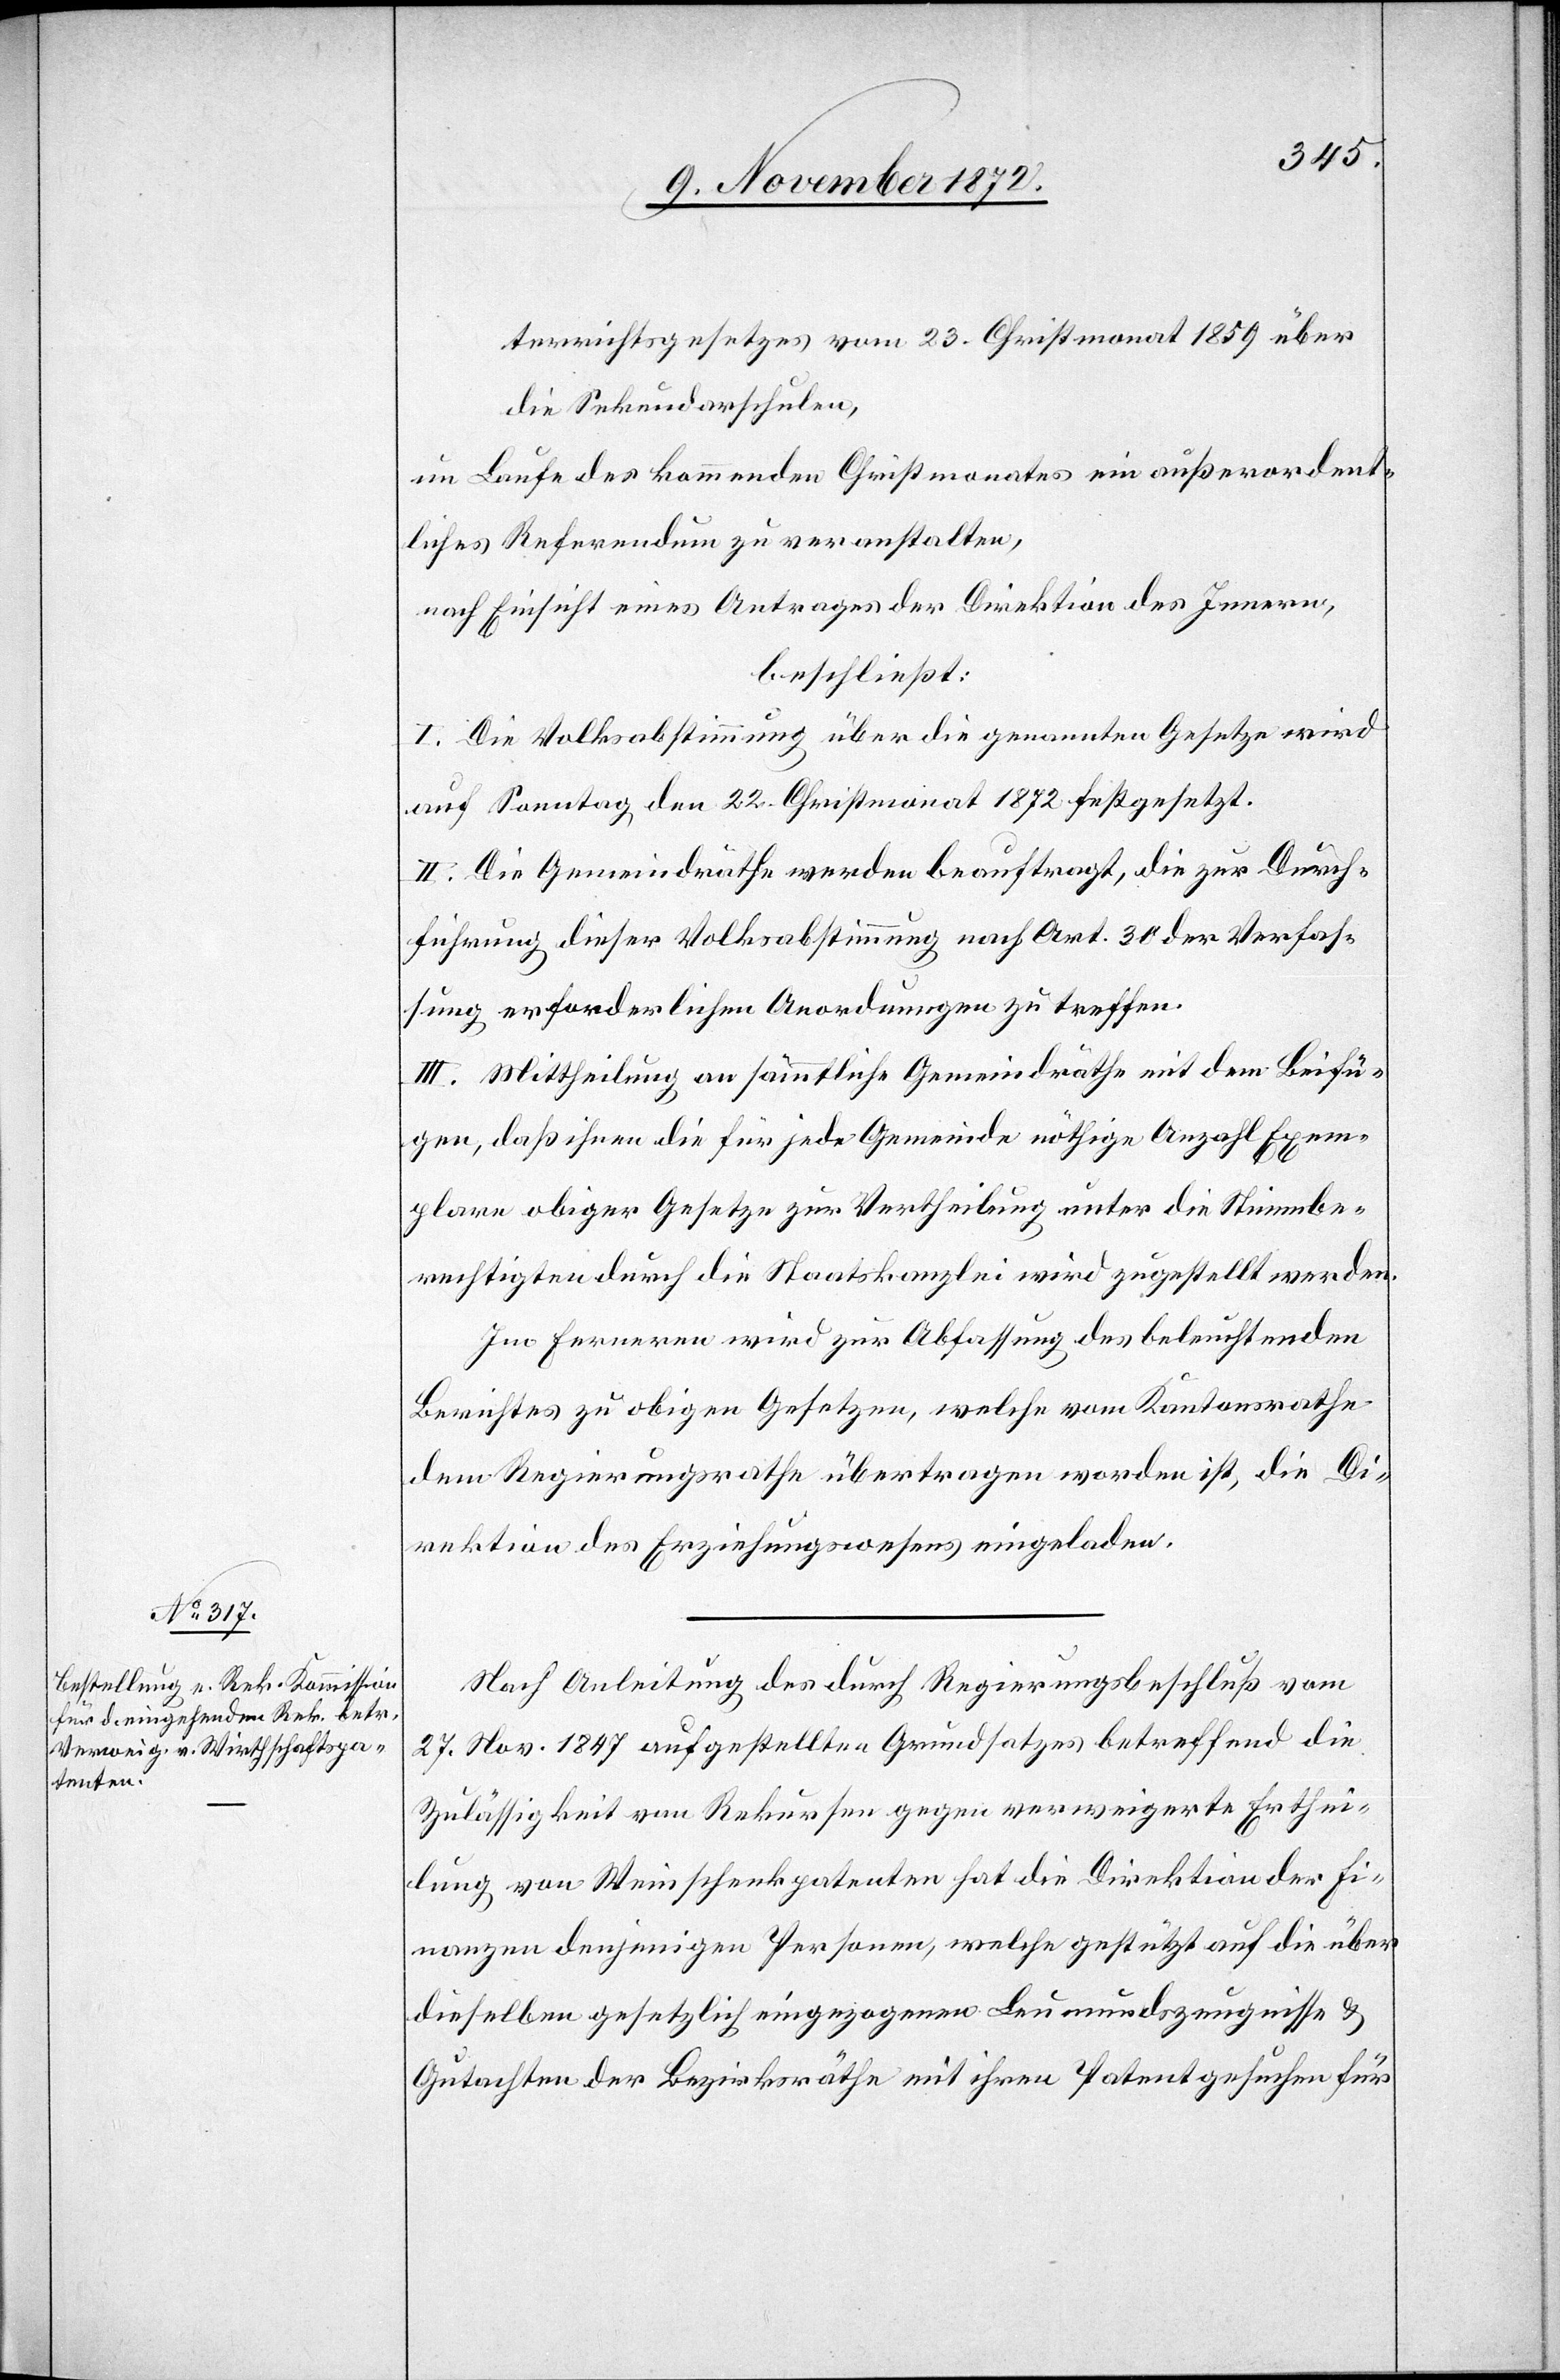
terrichtsgesetzes vom 23. Christmonat 1859 über
die Sekundarschulen,
im Laufe des kommenden Christmonates ein außerordent¬
liches Referendum zu veranstalten,
nach Einsicht eines Antrages der Direktion des Innern,
beschließt:
I. Die Volksabstimmung über die genannten Gesetze wird
auf Sonntag den 22. Christmonat 1872 festgesetzt.
II. Die Gemeindräthe werden beauftragt, die zur Durch¬
führung dieser Volksabstimmung nach Art. 30 der Verfas¬
sung erforderlichen Anordnungen zu treffen.
III. Mittheilung an sämmtliche Gemeindräthe mit dem Beifü¬
gen, daß ihnen die für jede Gemeinde nöthige Anzahl Exem¬
plare obiger Gesetze zur Vertheilung unter die Stimmbe¬
rechtigten durch die Staatskanzlei wird zugestellt werden.
Im Ferneren wird zur Abfassung des beleuchtenden
Berichtes zu obigen Gesetzen, welche vom Kantonsrathe
dem Regierungsrathe übertragen worden ist, die Di¬
rektion des Erziehungswesens eingeladen.
Nach Anleitung des durch Regierungsbeschluß vom
27. Nov. 1847 aufgestellten Grundsatzes betreffend die
Zulässigkeit von Rekursen gegen verweigerte Erthei¬
lung von Weinschenkpatenten hat die Direktion der Fi¬
nanzen denjenigen Personen, welche gestützt auf die über
dieselben gesetzlich eingezogenen Leumundszeugnisse u.
Gutachten der Bezirksräthe mit ihren Patentgesuchen für